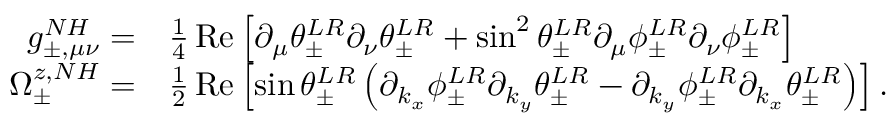
\begin{array} { r l } { g _ { \pm , \mu \nu } ^ { N H } = } & { \frac { 1 } { 4 } \operatorname { R e } \left[ \partial _ { \mu } \theta _ { \pm } ^ { L R } \partial _ { \nu } \theta _ { \pm } ^ { L R } + \sin ^ { 2 } \theta _ { \pm } ^ { L R } \partial _ { \mu } \phi _ { \pm } ^ { L R } \partial _ { \nu } \phi _ { \pm } ^ { L R } \right] } \\ { \Omega _ { \pm } ^ { z , N H } = } & { \frac { 1 } { 2 } \operatorname { R e } \left[ \sin \theta _ { \pm } ^ { L R } \left( \partial _ { k _ { x } } \phi _ { \pm } ^ { L R } \partial _ { k _ { y } } \theta _ { \pm } ^ { L R } - \partial _ { k _ { y } } \phi _ { \pm } ^ { L R } \partial _ { k _ { x } } \theta _ { \pm } ^ { L R } \right) \right] . } \end{array}